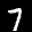
Label: 7